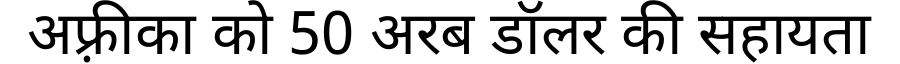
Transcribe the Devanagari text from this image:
अफ़्रीका को 50 अरब डॉलर की सहायता